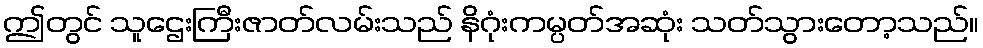
ဤတွင် သူဌေးကြီးဇာတ်လမ်းသည် နိဂုံးကမ္ပတ်အဆုံး သတ်သွားတော့သည်။